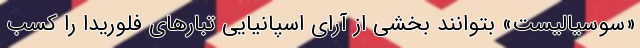
«سوسیالیست» بتوانند بخشی از آرای اسپانیایی تبارهای فلوریدا را کسب